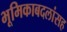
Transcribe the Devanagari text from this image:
भूमिकाबदलांसह